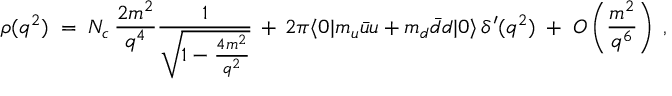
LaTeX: \rho ( q ^ { 2 } ) \; = \; N _ { c } \, \frac { 2 m ^ { 2 } } { q ^ { 4 } } \frac { 1 } { \sqrt { 1 - \frac { 4 m ^ { 2 } } { q ^ { 2 } } } } \, + \, 2 \pi \langle 0 | m _ { u } \bar { u } u + m _ { d } \bar { d } d | 0 \rangle \, \delta ^ { \prime } ( q ^ { 2 } ) \; + \; { \cal O } \left( \frac { m ^ { 2 } } { q ^ { 6 } } \right) \; ,